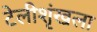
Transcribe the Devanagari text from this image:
टेलीशृंखला